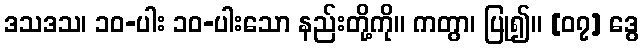
ဒသဒသ၊ ၁၀-ပါး ၁၀-ပါးသော နည်းတို့ကို။ ကတွာ၊ ပြု၍။ [၀၇] ဒွေ